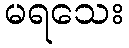
မရသေး